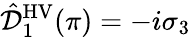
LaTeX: \hat{\mathcal{D}}_{1}^{\mathrm{HV}}(\pi)=-i\sigma_{3}